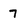
Character: 7